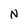
Character: N